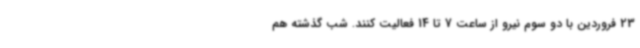
23 فروردین با دو سوم نیرو از ساعت 7 تا 14 فعالیت کنند. شب گذشته هم